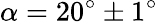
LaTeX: \alpha=20^{\circ}\pm 1^{\circ}